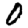
Digit: 0